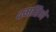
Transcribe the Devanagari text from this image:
४महिने